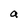
Character: a